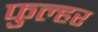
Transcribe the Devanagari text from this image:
फुल्हर